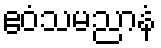
ဧဝံသမညာနံ